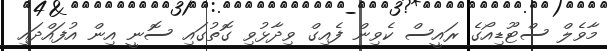
މާވެލް ސްޓޫޑިއޯގެ ރައީސް ކެވިން ފެއިގް ވިދާޅުވި ގޮތުގައި ސޮނީ އިން އުފައްދައި